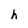
Character: h